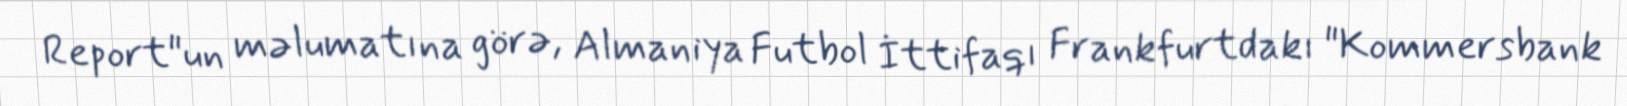
Report"un məlumatına görə, Almaniya Futbol İttifaqı Frankfurtdakı "Kommersbank